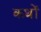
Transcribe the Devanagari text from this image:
कथों